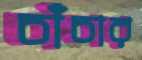
চাঁচার